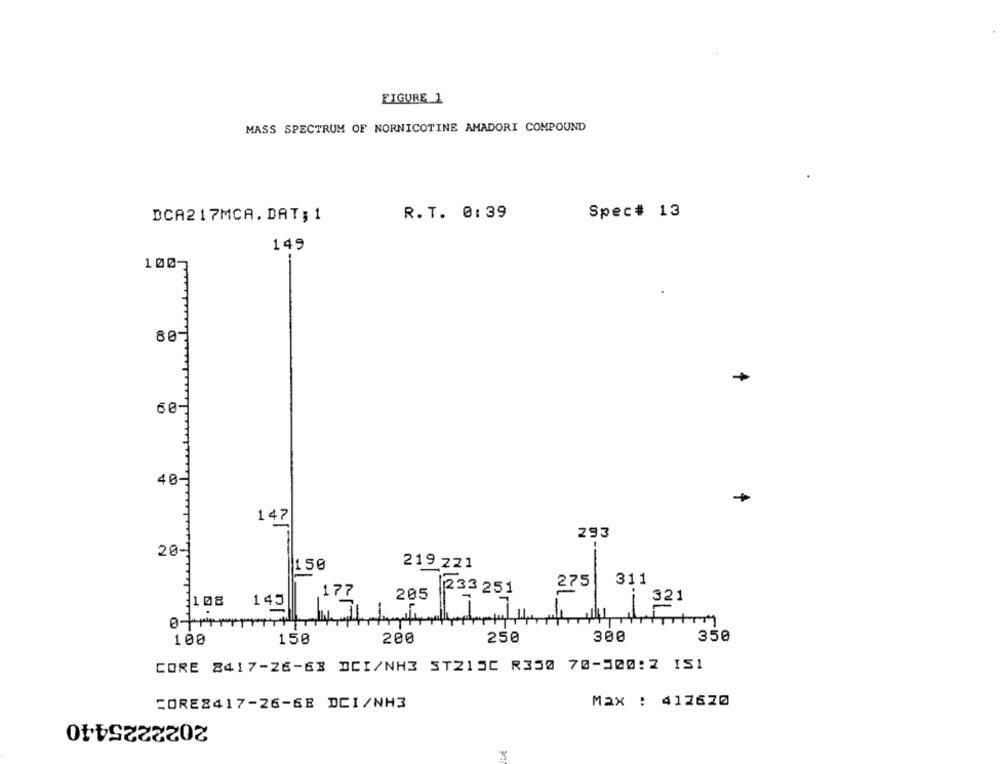
FIGURE 1
MASS SPECTRUM OF NORNICOTINE AMADORI COMPOUND
R.T. 0:39
Spec# 13
DCA217MCA. DAT ; 1
149
100-
80
60
40
147
293
20-
150
219 zz1
311
275
177
205
1233 251
321
3108
145
100
150
200
250
300
350
CORE 8417-26-63 DCI/NH3 ST215C R350 70-500:2 151
CORE8417-26-6E DCI/NH3
Max : 412620
2022225440